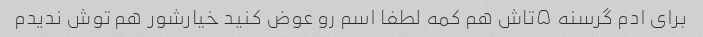
برای ادم گرسنه ۵تاش هم کمه لطفا اسم رو عوض کنید خیارشور هم توش ندیدم